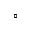
\circ